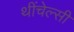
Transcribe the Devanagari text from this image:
थींचेल्सी